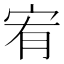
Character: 宥